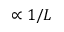
\propto 1 / L